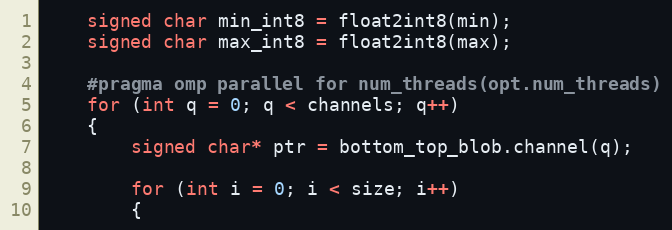
Language: C++
    signed char min_int8 = float2int8(min);
    signed char max_int8 = float2int8(max);

    #pragma omp parallel for num_threads(opt.num_threads)
    for (int q = 0; q < channels; q++)
    {
        signed char* ptr = bottom_top_blob.channel(q);

        for (int i = 0; i < size; i++)
        {